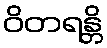
ဝိတရန္တိ